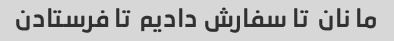
ما نان  تا سفارش دادیم  تا فرستادن